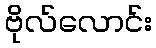
ဗိုလ်လောင်း